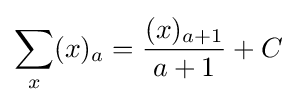
\sum _{x}(x)_{a}={\frac {(x)_{a+1}}{a+1}}+C